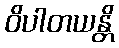
ဝိပါတယန္တိ